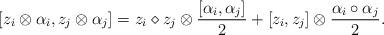
LaTeX: \begin{align*}[z_{i}\otimes\alpha_{i},z_{j}\otimes\alpha_{j}]=z_{i}\diamond z_{j}\otimes\frac{[\alpha_{i},\alpha_{j}]}{2}+[z_{i},z_{j}]\otimes\frac{\alpha_{i}\circ\alpha_{j}}{2}.\end{align*}